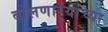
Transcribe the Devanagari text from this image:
बोलणार्‍यांच्या